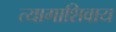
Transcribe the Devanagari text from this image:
त्यागाशिवाय